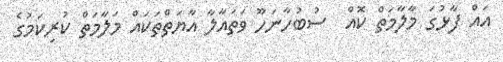
އައް ފާޅުގަ މާލާމަތް ކޮއް  ސުބުހާނަހޫ ވަތައާލާ އާޔަތްތަކައް މަލާމަތް ކުރިކަމުގެ